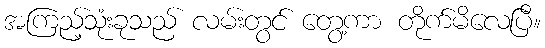
အကြည့်သုံးခုသည် လမ်းတွင် တွေ့ကာ တိုက်မိလေပြီ။